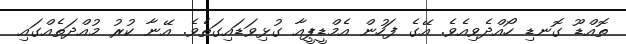
ތޮއްޑޫ ގޮނޑި ހޯއްދެވިއެވެ. އޭގެ ފަހުން އެމްޑީޕީއާ ގުޅިވަޑައިގަތެވެ. އޭނާ ކުރު މުއްދަތެއްގައި